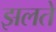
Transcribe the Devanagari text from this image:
झलते